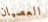
العصيان